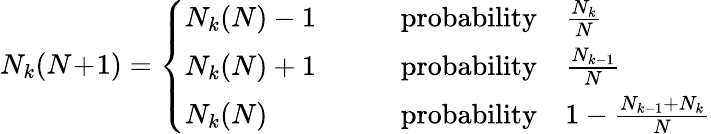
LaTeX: N_{k}(N\! +\! 1)=\left\{ \begin{array}{ll}{N_{k}(N)-1}&{\qquad\mathrm{probability}\quad\frac{N_{k}}{N}}\\ {N_{k}(N)+1}&{\qquad\mathrm{probability}\quad\frac{N_{k-1}}{N}}\\ {N_{k}(N)}&{\qquad\mathrm{probability}\quad 1-\frac{N_{k-1}+N_{k}}{N}}\end{array}\right.